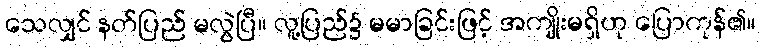
သေလျှင် နတ်ပြည် မလွဲပြီ။ လူ့ပြည်၌ မမာခြင်းဖြင့် အကျိုးမရှိဟု ပြောကုန်၏။